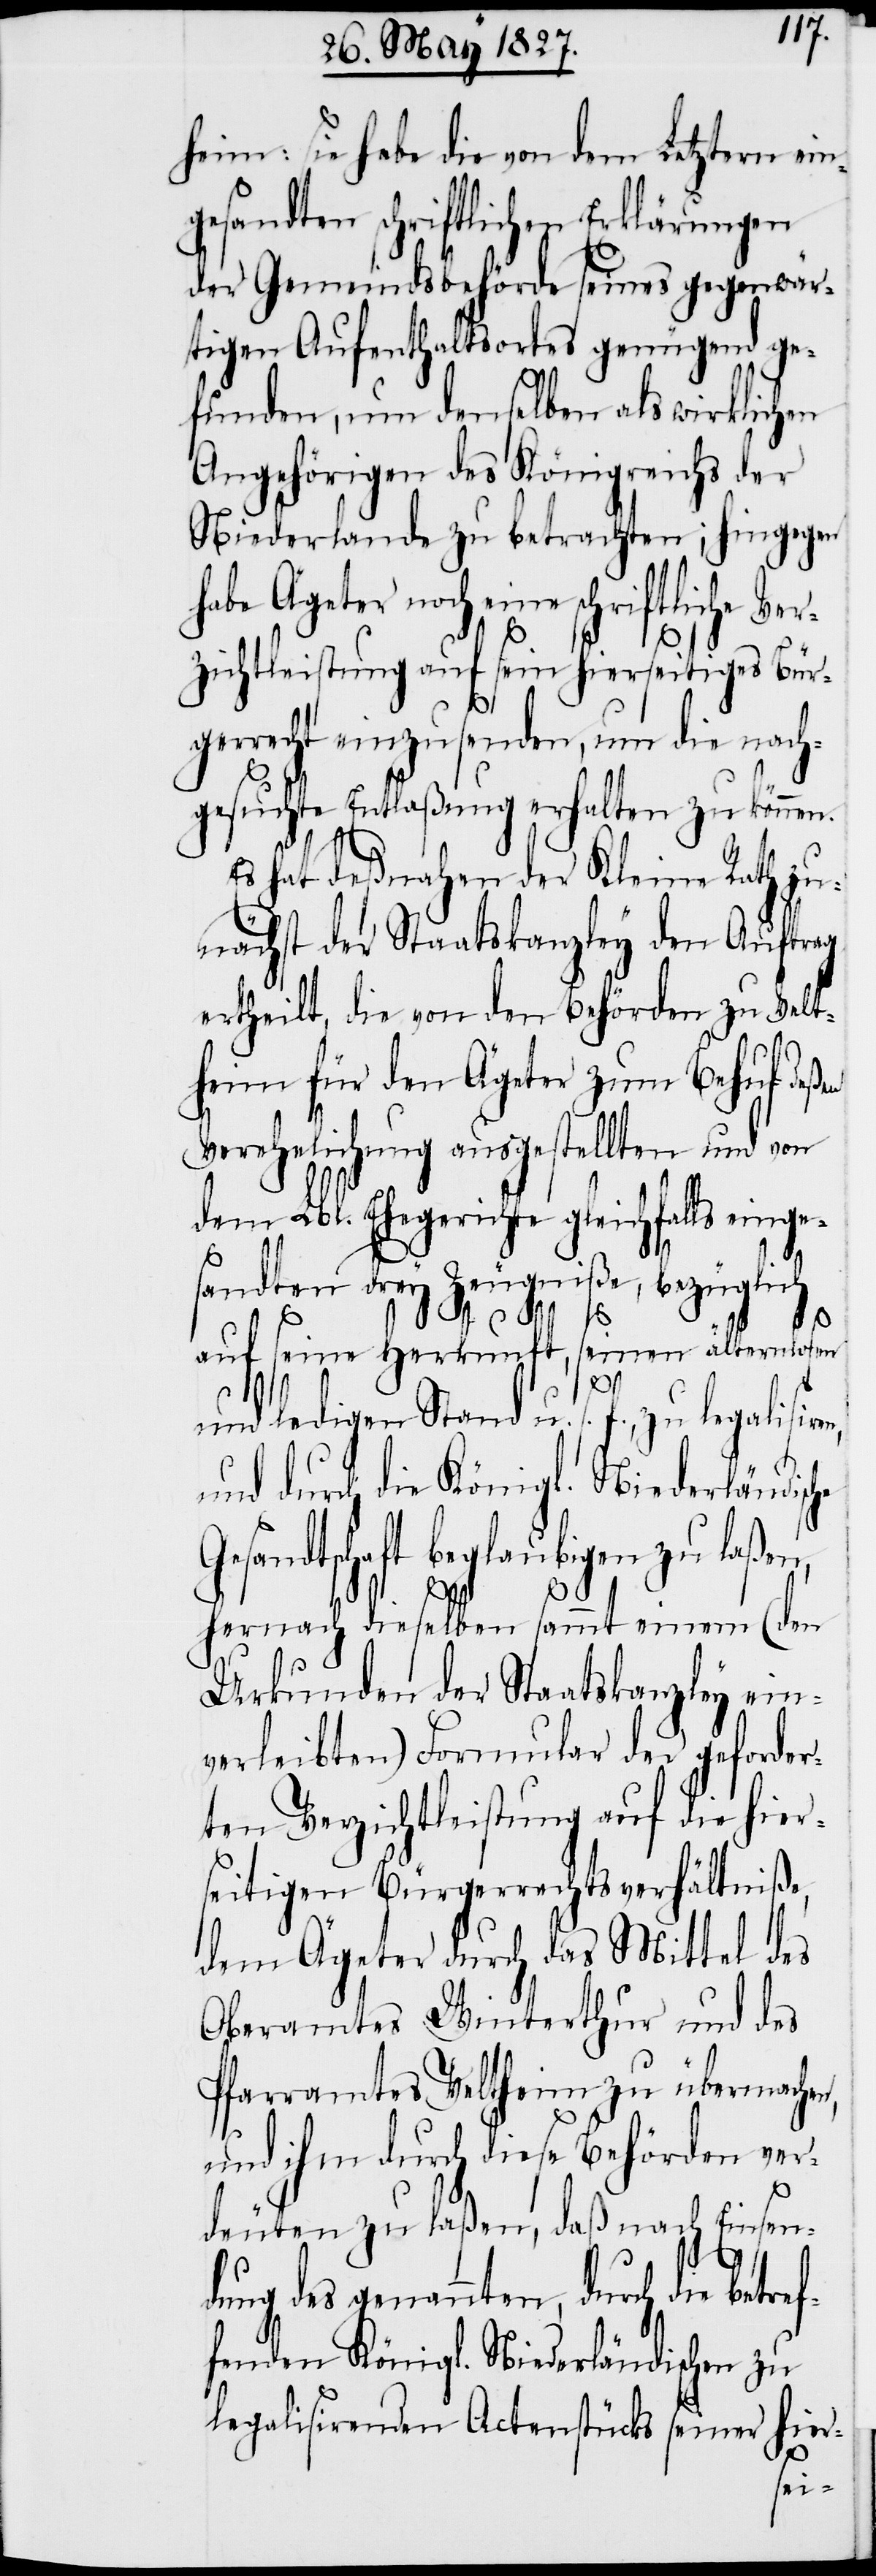
heim: sie habe die von dem Letztern ein¬
gesandten schriftlichen Erklärungen
der Gemeindsbehörde seines gegenwär¬
tigen Aufenthaltsortes genügend ge¬
funden, um denselben als wirklichen
Angehörigen des Königreichs der
Niederlande zu betrachten; hingegen
habe Ägeter noch eine schriftliche Ve¬
rzichtleistung auf sein hierseitiges Bür¬
gerrecht einzusenden, um die nach¬
gesuchte Entlaßung erhalten zu können.
Es hat deßnahen der Kleine Rath zu¬
nächst der Staatskanzley den Auftrag
ertheilt, die von den Behörden zu Velt¬
heim für den Ägeter zum Behuf deßen
Verehelichung ausgestellten und von
dem Lbl. Ehegerichte gleichfal¬
ls
sandten drey Zeugniße,
auf seine Herkunft, seinen
hier¬
und ledigen Stand u. s.
sandtschaft beglaubigen
en,
die
hernach dieselben sammt einem
Urkunden der Staatskanzley ein¬
verleibten) Formular
ten Verzichtleistung auf
seitigen Bürgerrechtsverhältniße,
dem Ägeter durch das Mittel des
Oberamts Winterthur und des
Pfarramtes Veltheim zu übermachen,
und ihm durch diese Behörden ver¬
deuten zu laßen, daß nach Einsen¬
dung des genannten, durch die betref¬
fenden Königl. Niederländischen
legalisirenden Actenstücke seiner hier-